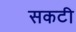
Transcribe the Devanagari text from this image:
सकटी